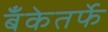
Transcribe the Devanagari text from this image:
बँकेतर्फे